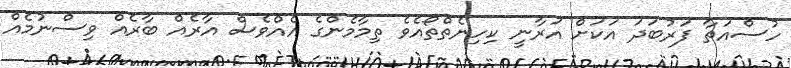
ހުސްއަތާ ފަރުބަދަ އަކަށް އަރާނީ ކިހިނެތްތޯއެވެ ތިމާމެންގެ އެއްވެސް އާރެއް ބާރެއް ވިސްނުމެއް